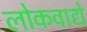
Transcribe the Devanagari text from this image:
लोकवाद्ये